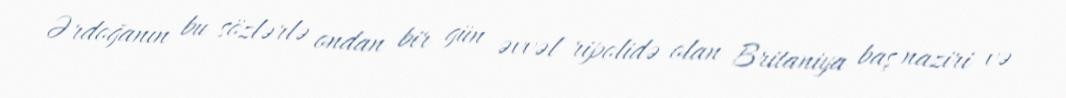
Ərdoğanın bu sözlərlə ondan bir gün əvvəl ripolidə olan Britaniya baş naziri və